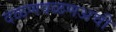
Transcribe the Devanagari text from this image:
दळणवळणअची